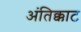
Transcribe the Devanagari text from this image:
अंतिक्काट